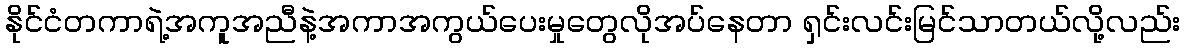
နိုင်ငံတကာရဲ့အကူအညီနဲ့အကာအကွယ်ပေးမှုတွေလိုအပ်နေတာ ရှင်းလင်းမြင်သာတယ်လို့လည်း